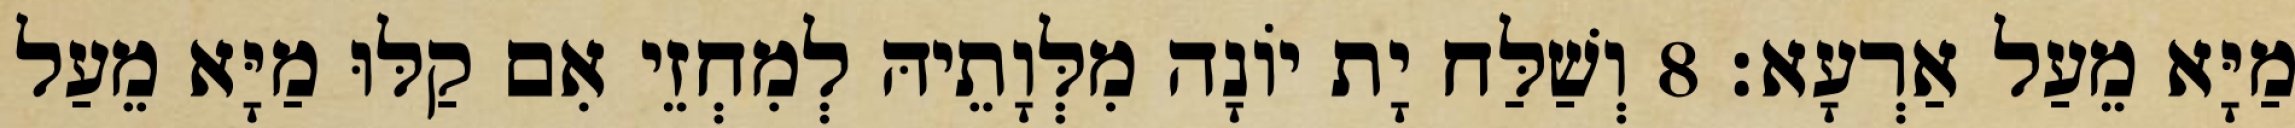
מַיָּא מֵעַל אַרְעָא׃ 8 וְשַׁלַּח יָת יוֹנָה מִלְּוָתֵיהּ לְמִחְזֵי אִם קַלּוּ מַיָּא מֵעַל